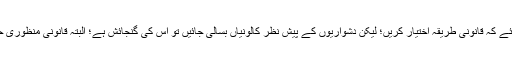
۷- کالونی بسانے میں مسلمانوں کو چاہئے کہ قانونی طریقہ اختیار کریں؛ لیکن دشواریوں کے پیش نظر کالونیاں بسالی جائیں تو اس کی گنجائش ہے؛ البتہ قانونی منظوری حاصل کرنے کی کوشش جاری رکھیں۔